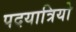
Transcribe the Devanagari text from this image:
पदयात्रियो